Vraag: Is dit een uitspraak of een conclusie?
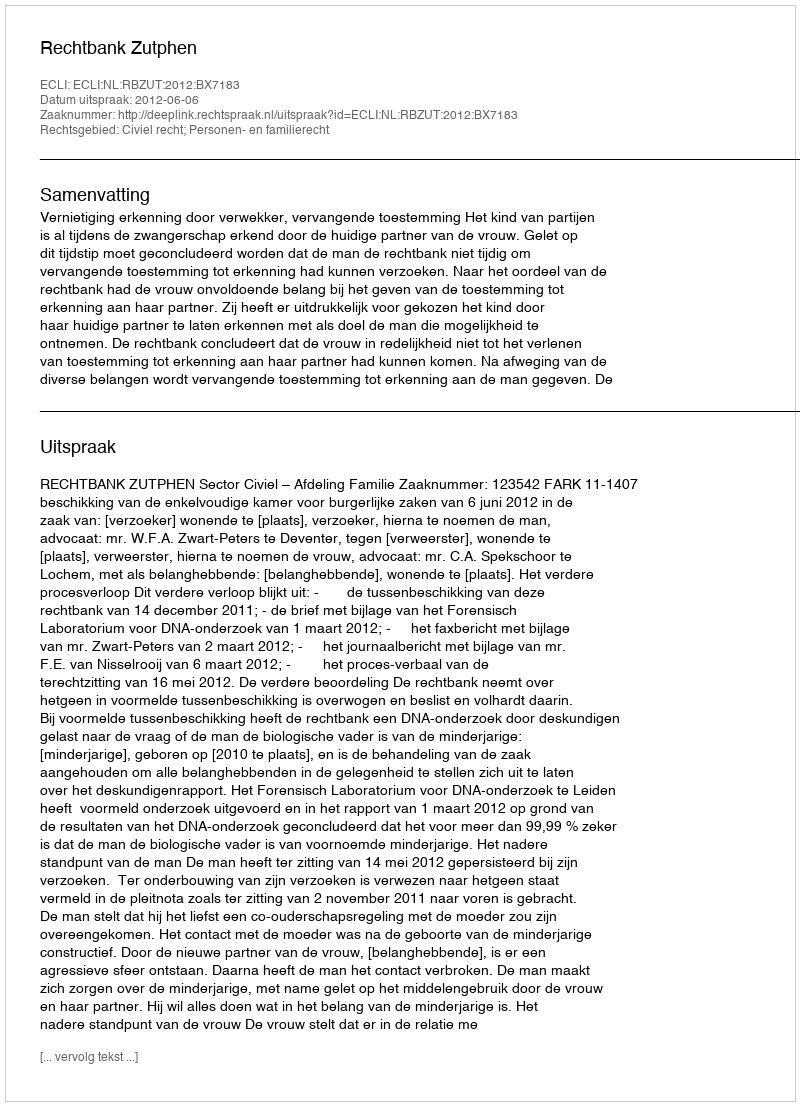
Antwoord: Uitspraak